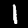
Label: 1